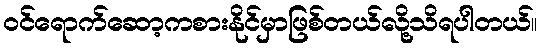
ဝင်ရောက်ဆော့ကစားနိုင်မှာဖြစ်တယ်လို့သိရပါတယ်။